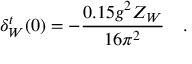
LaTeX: \delta _ { W } ^ { t } ( 0 ) = - { \frac { 0 . 1 5 g ^ { 2 } Z _ { W } } { 1 6 \pi ^ { 2 } } } ~ ~ ~ .